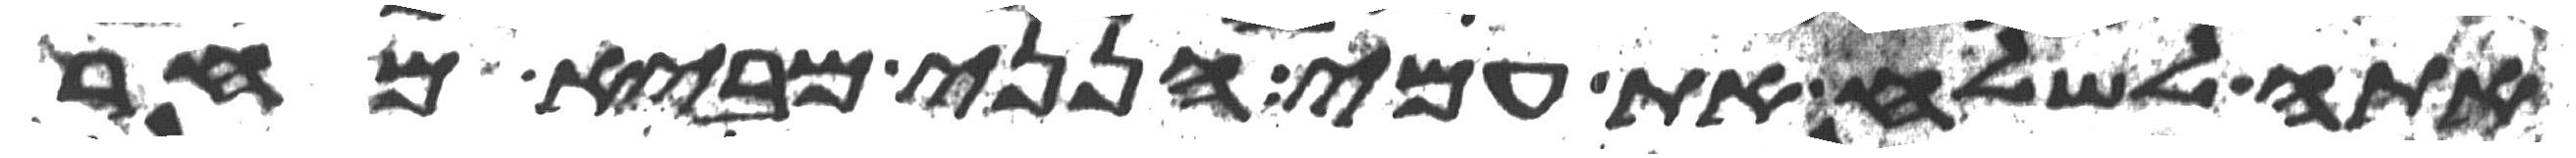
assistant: אתה לשלח את עמי הנני מביא מחר